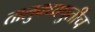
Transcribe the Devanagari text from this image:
तालुक्यापुर्तीच